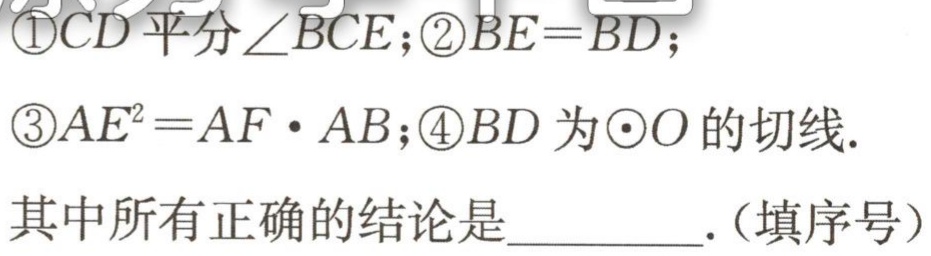
\textcircled{1}CD平分∠BCE；\textcircled{2}BE = BD；

\textcircled{3}AE² = AF·AB；\textcircled{4}BD为⊙O的切线.

其中所有正确的结论是__________.(填序号)